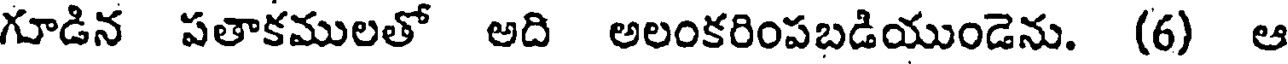
గూడిన పతాకములతో అది అలంకరింపబడియుండెను. (6) ఆ